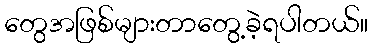
တွေအဖြစ်များတာတွေ့ခဲ့ရပါတယ်။